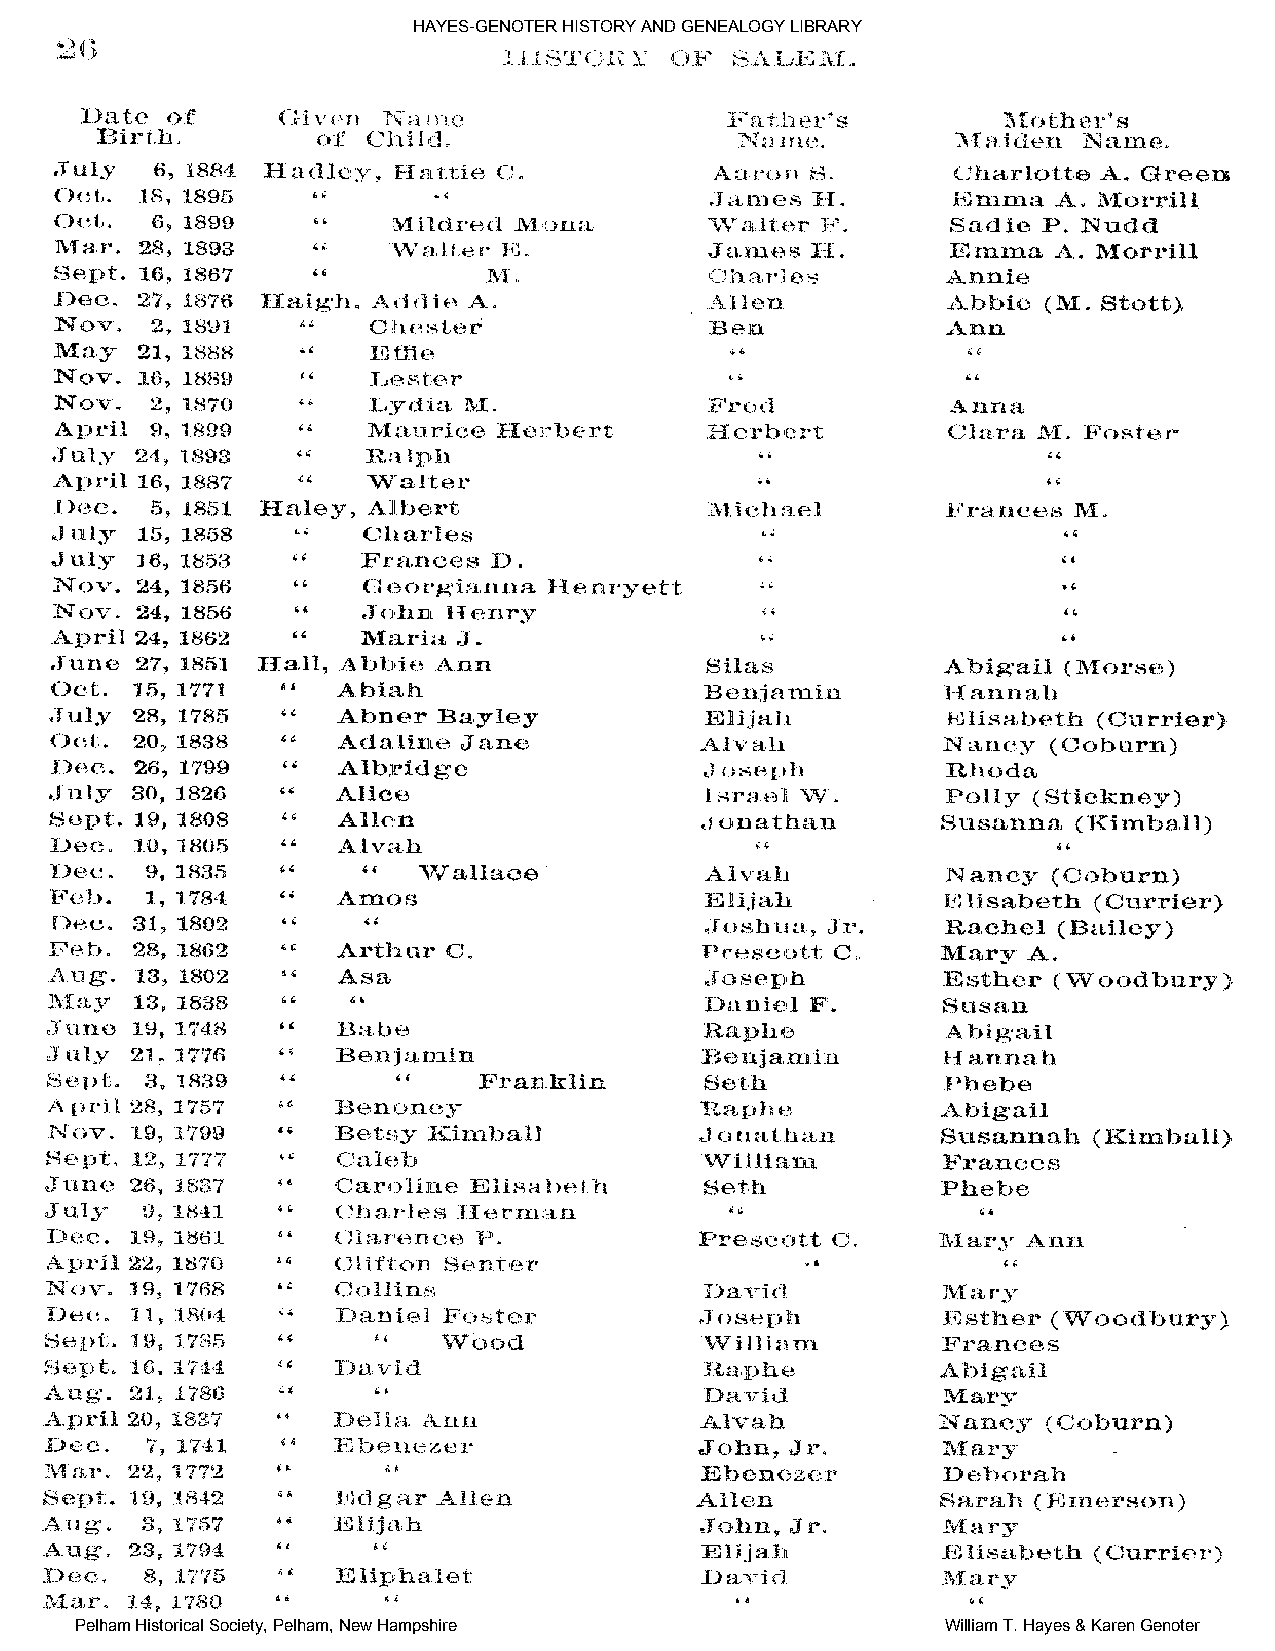
HAYES-GENOTER HISTORY AND GENEALOGY LIBRARY
 Pelham Historical Society, Pelham, New Hampshire          William T. Hayes & Karen Genoter